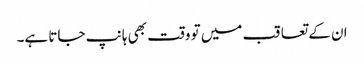
ان کے تعاقب میں تو وقت بھی ہانپ جاتا ہے۔